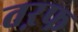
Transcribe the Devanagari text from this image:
तऱफ